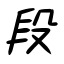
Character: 段